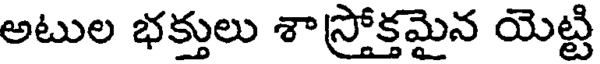
అటుల భక్తులు శా స్రోక్తమైన యెట్టి